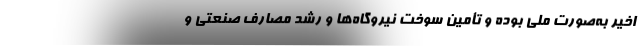
اخیر به‌صورت ملی بوده و تأمین سوخت نیروگاه‌ها و رشد مصارف صنعتی و